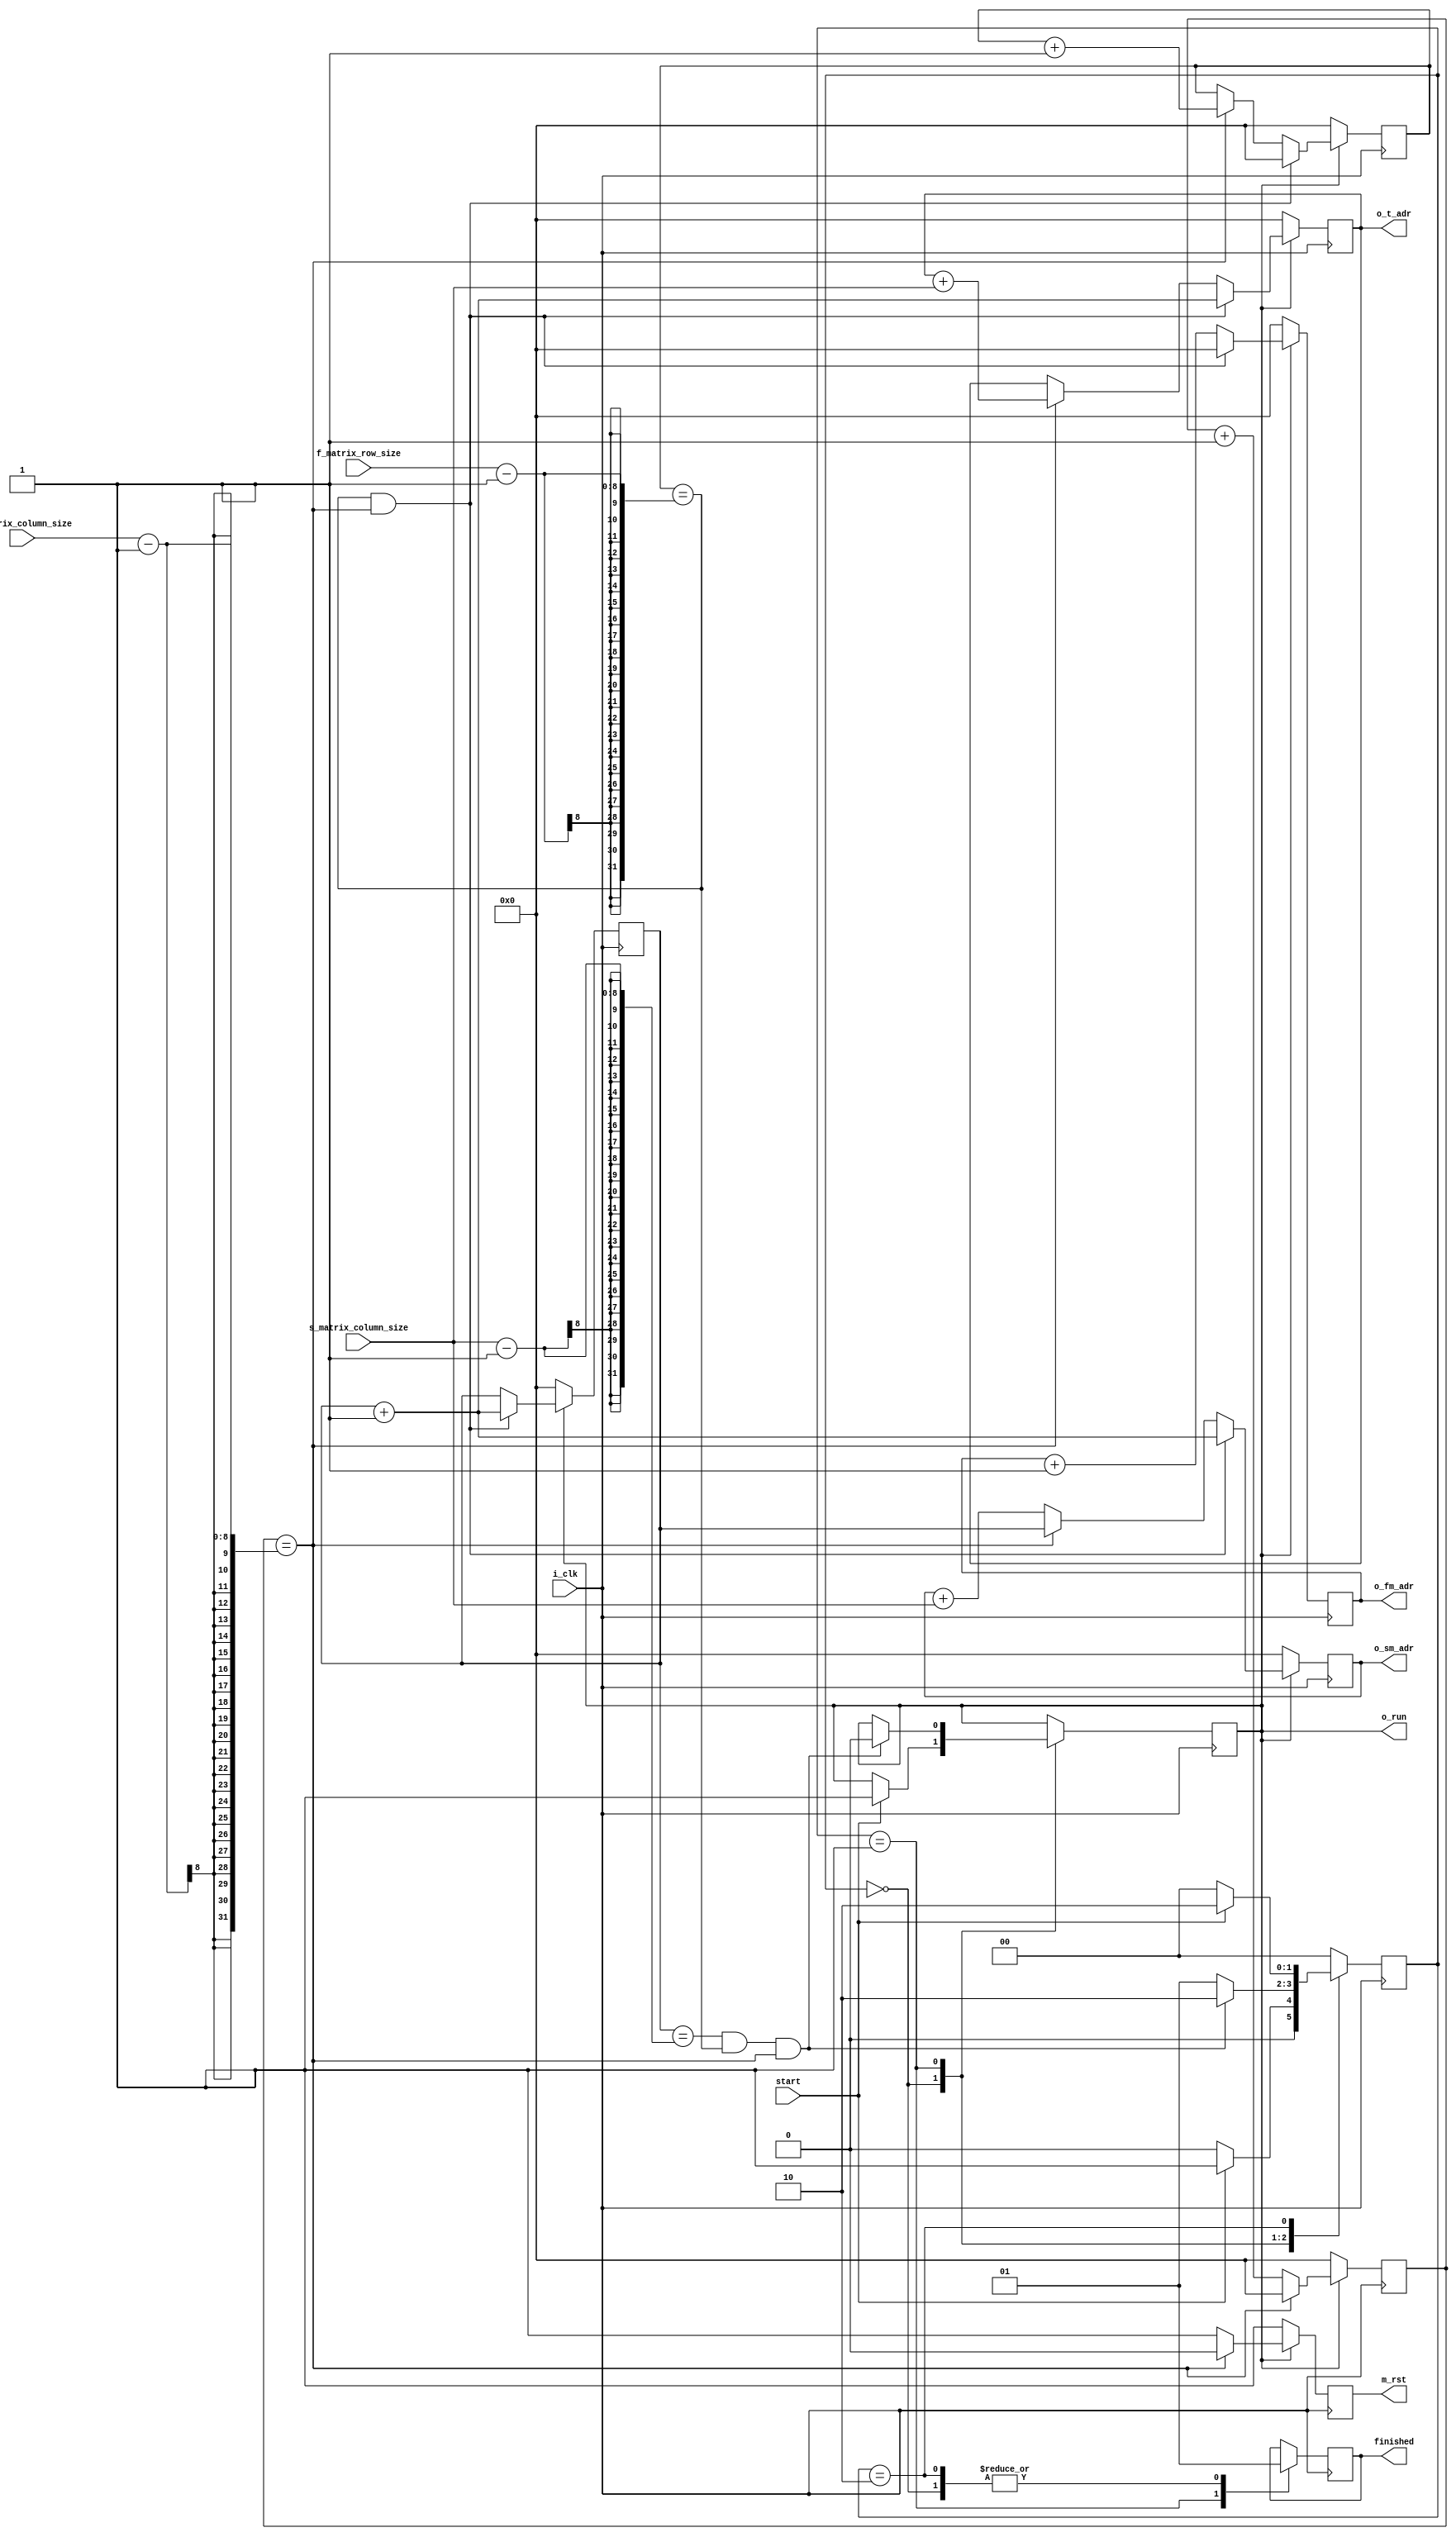
`default_nettype none
module Matrix_FSM 
(
    input wire i_clk,
    input wire start,
    input wire [7:0] f_matrix_row_size,
    input wire [7:0] f_matrix_column_size,
    input wire [7:0] s_matrix_column_size,
    //output wire o_rst,
    output wire [7:0]o_fm_adr,
    output wire [7:0]o_sm_adr,
    output wire [7:0]o_t_adr,
    output reg finished,
    output reg m_rst,
    output wire o_run
);
    reg [7:0]fm_adr;
    reg [7:0]sm_adr;
    reg [7:0]t_adr;
    assign o_fm_adr = fm_adr;
    assign o_sm_adr = sm_adr;
    assign o_t_adr = t_adr;

    reg run;
    assign o_run = run;
    reg [1:0]state;
    localparam START_DOWN = 0;
    localparam RUN = 1;
    localparam START_UP = 2;

    reg [7:0] f_matrix_column_counter;
    reg [7:0] f_matrix_row_counter;
    reg [7:0] s_matrix_column_counter;

    always@(posedge i_clk) begin
        if(run == 1) begin 
            f_matrix_column_counter <= f_matrix_column_counter + 1;
            if(f_matrix_column_counter == (f_matrix_column_size-1)) begin
                f_matrix_column_counter <= 0;
                f_matrix_row_counter <= f_matrix_row_counter + 1;
            end
            if(f_matrix_row_counter == (f_matrix_row_size-1) && f_matrix_column_counter == (f_matrix_column_size-1))
                f_matrix_row_counter <= 0;
        end
        else begin
            f_matrix_column_counter <= 0;
            f_matrix_row_counter <= 0;
        end
    end
    always@(posedge i_clk) begin
        if(run == 1) begin 
            if(f_matrix_row_counter == (f_matrix_row_size-1) && f_matrix_column_counter == (f_matrix_column_size-1))
                s_matrix_column_counter <= s_matrix_column_counter + 1;
        end
        else
            s_matrix_column_counter <= 0;
    end
    always@(posedge i_clk) begin
        if(run == 1) begin
            if(f_matrix_row_counter == (f_matrix_row_size-1) && f_matrix_column_counter == (f_matrix_column_size-1))
                fm_adr <= 0;
            else
                fm_adr <= fm_adr + 1;
        end
        else
            fm_adr <= 0;
    end
    always@(posedge i_clk) begin
        if(run == 1) begin
            if(f_matrix_row_counter == (f_matrix_row_size-1) && f_matrix_column_counter == (f_matrix_column_size-1))
                    sm_adr <= s_matrix_column_counter + 1;
            else if(f_matrix_column_counter == (f_matrix_column_size-1))
                sm_adr <= s_matrix_column_counter;
            else
                sm_adr <= sm_adr + s_matrix_column_size;
        end
        else
            sm_adr <= 0;
    end
    always@(posedge i_clk) begin
        if(run == 1) begin
            if(f_matrix_column_counter == (f_matrix_column_size-1))
                m_rst <= 0;
            else
                m_rst <= 1;
            if(f_matrix_row_counter == (f_matrix_row_size-1) && (f_matrix_column_counter == (f_matrix_column_size-1))) begin
                t_adr <= s_matrix_column_counter + 1;
            end
            else if(f_matrix_column_counter == (f_matrix_column_size-1))
                t_adr <= t_adr + s_matrix_column_size;
        end
        else begin
            t_adr <= 0;
            m_rst <= 1;
        end
    end
    always@(posedge i_clk) begin
        case(state)
            START_DOWN: begin
                finished <= 1;
                if (start == 1) begin
                    run <= 1;
                    state <= RUN;
                end
                else
                    state <= START_DOWN;
            end
            RUN: begin
                finished <= 0;
                if (s_matrix_column_counter == (s_matrix_column_size-1) && f_matrix_row_counter == (f_matrix_row_size-1) && f_matrix_column_counter == (f_matrix_column_size-1)) begin
                    state <= START_UP;
                    run <= 0;
                end
                else
                    state <= RUN;
            end
            START_UP: begin
                finished <= 1;
                if (start == 1)
                    state <= START_UP;
                else
                    state <= START_DOWN;
            end
            default:
                state <= START_DOWN;
        endcase
    end
endmodule